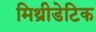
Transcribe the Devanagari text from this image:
मिथ्रीडेटिक